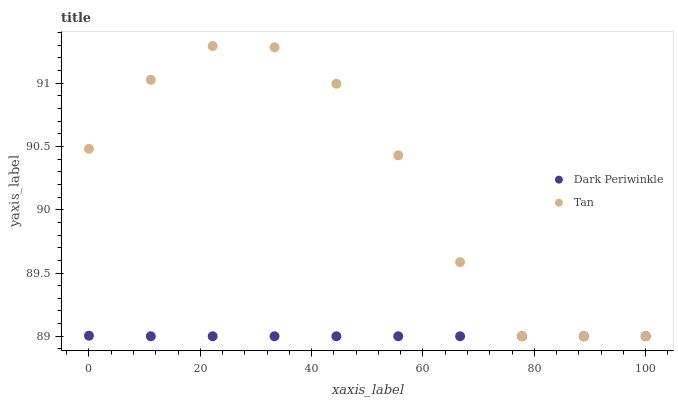
| xaxis_label | Dark Periwinkle | Tan |
 | --- | --- | --- |
 | 0 | 89 | 90.5 |
 | 11.1 | 89 | 91 |
 | 22.2 | 89 | 91.3 |
 | 33.3 | 89 | 91.3 |
 | 44.4 | 89 | 91 |
 | 55.6 | 89 | 90.4 |
 | 66.7 | 89 | 89.6 |
 | 77.8 | 89 | 89 |
 | 88.9 | 89 | 89 |
 | 100 | 89 | 89 |